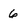
Character: 6